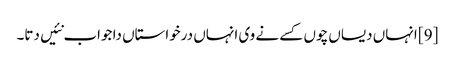
[9] انہاں دیساں چوں کسے نے وی انہاں درخواستاں دا جواب نئیں دتا۔